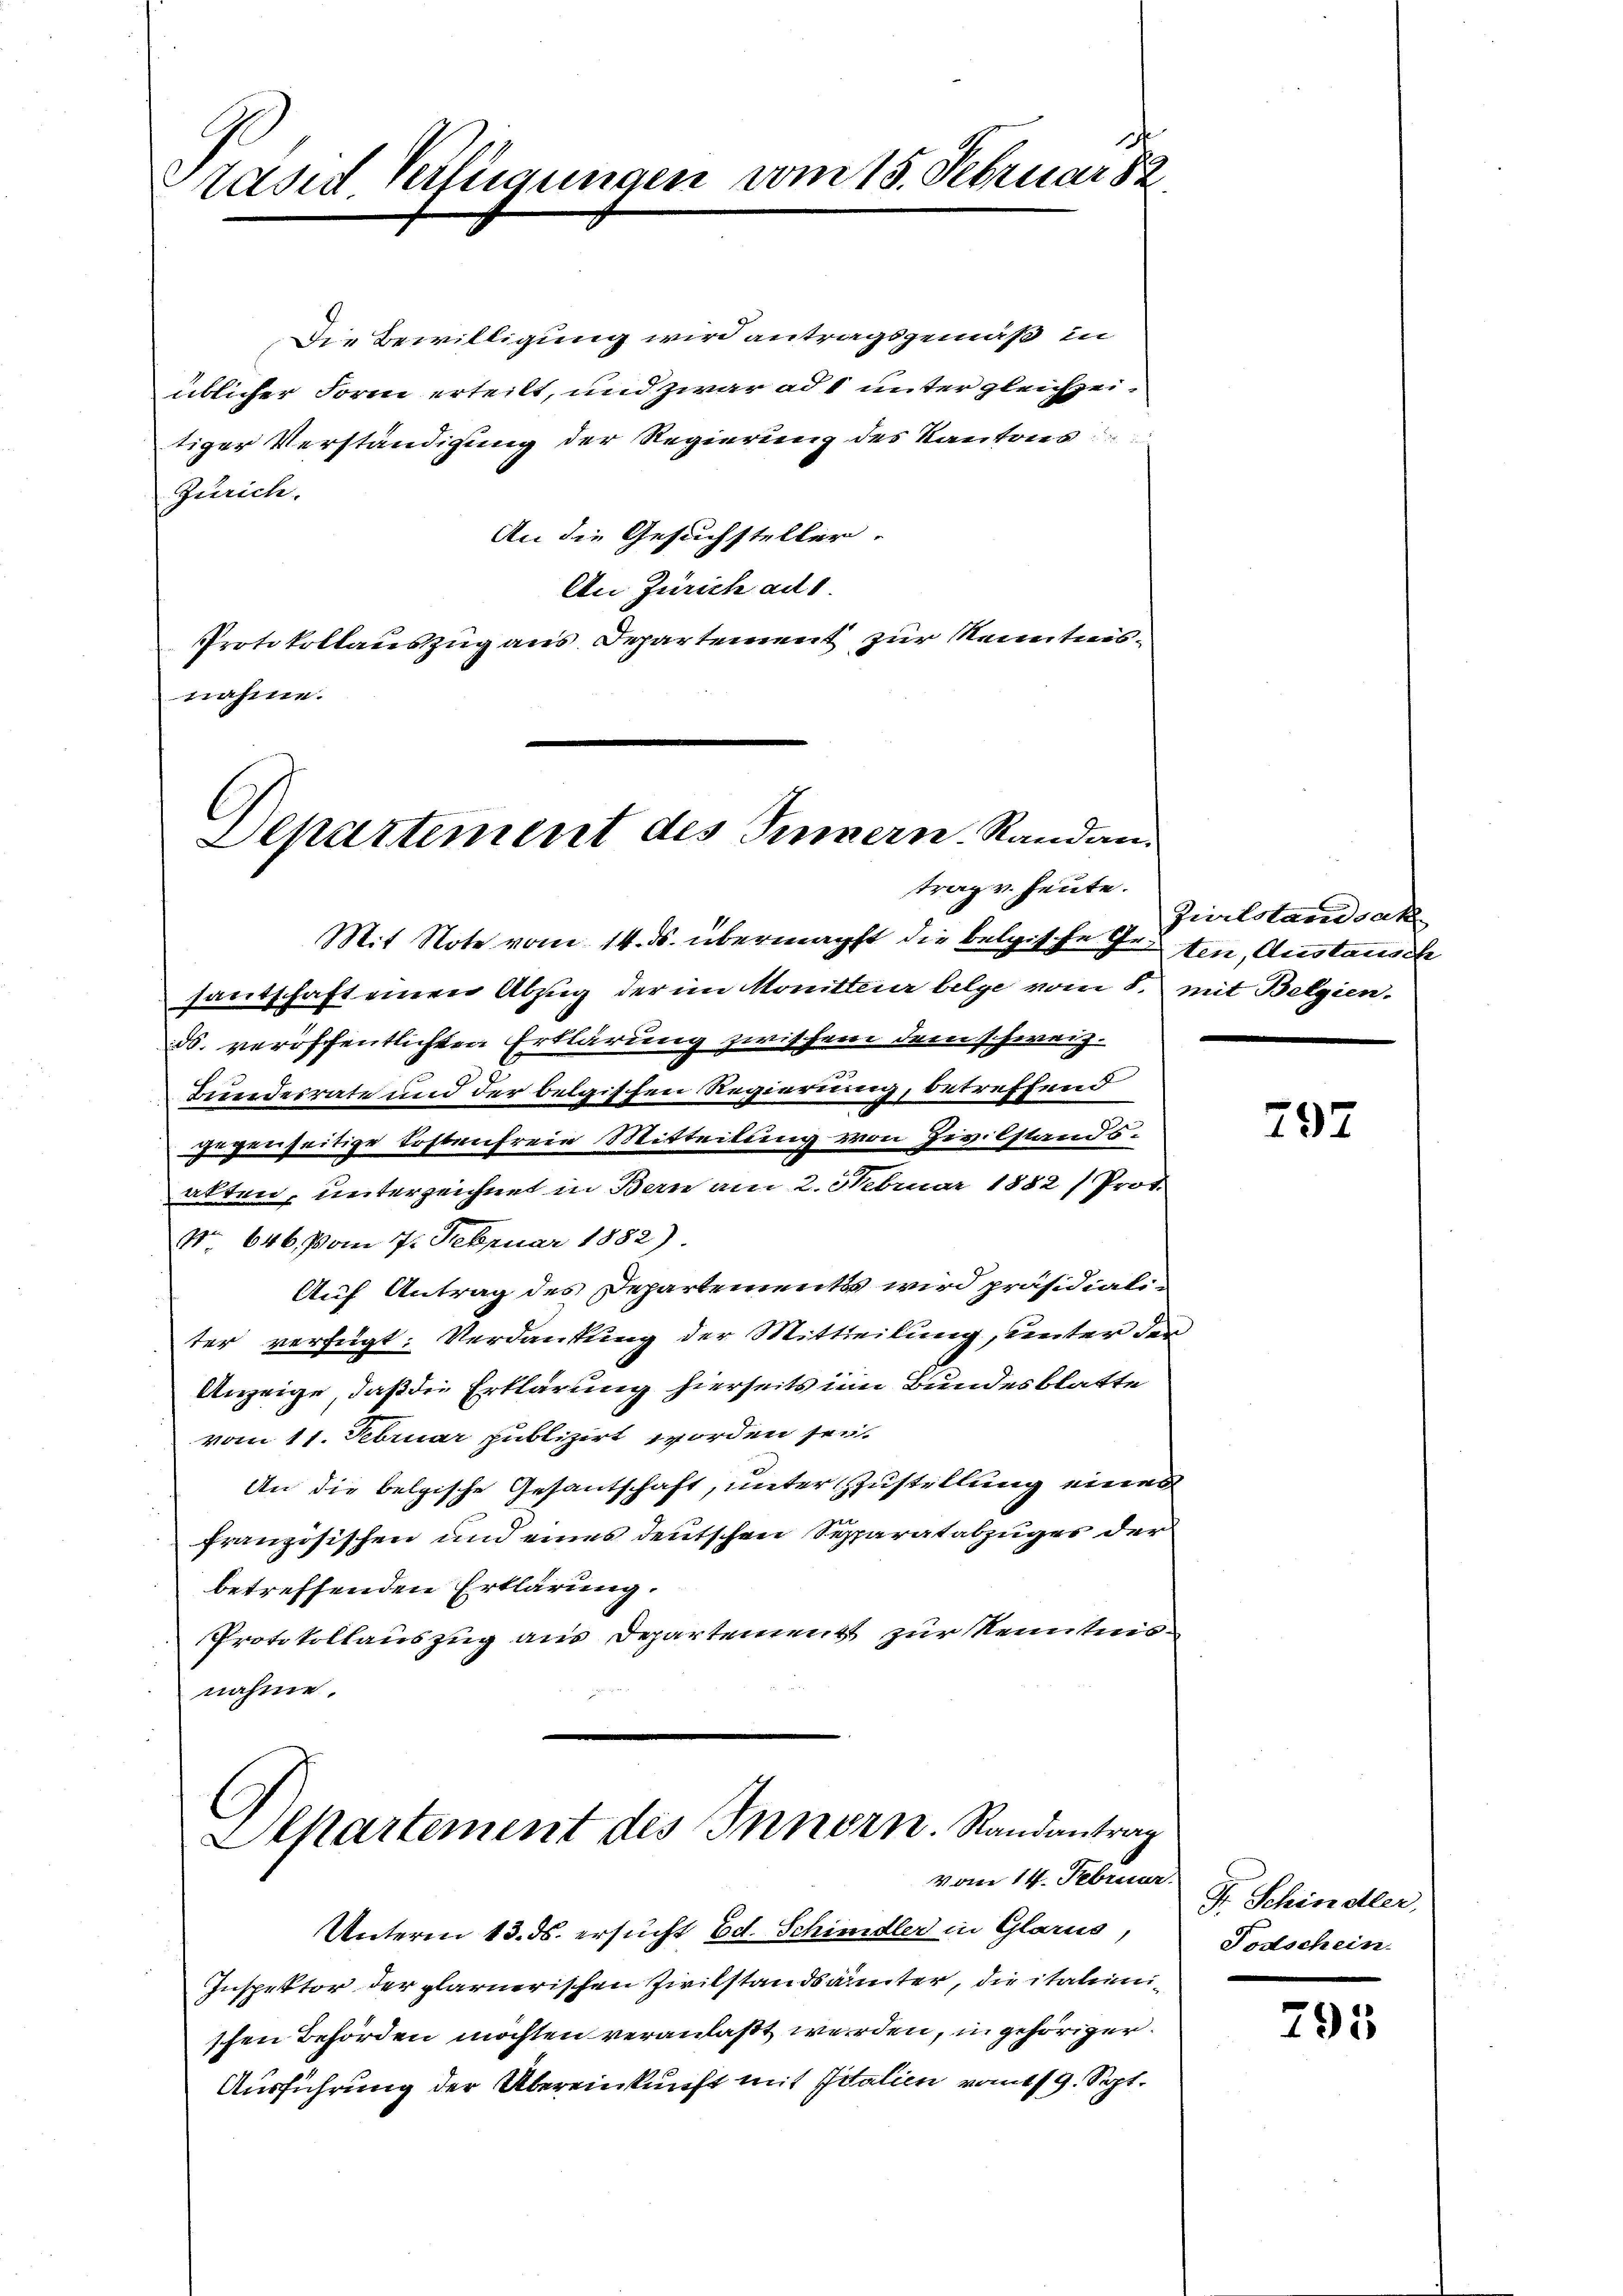
d
Stased Verfügungen vom 15. Februar 82

Die Bewilligung wird antragsgemäß in
üblicher Form erteilt, und zwar ad 1 unter gleichzeitiger Verständigung der Regierung des Kantons
Gerich.
An die Gesuchsteller.
An Zürich ad 1.
Protokollauszug aus Departement zur Kenntnisnahme.

Departement des Sinnern. Randantrag v. heute.

Separtement des Innern. Randantrag
vom 14. Februar.

Mit Note vom 14. ds. übermächst die belgische Inten, Austausch
santschaft einen Abzug der im Monitteur belge vom 8. mit Belgien-
ds. veröffentlichten Erklärung zwischen dem schweiz.
Bundesrate und der belgischen Regierung, betreffend
gegenseitige Kostenfreie Mitteilung von Zivilstandsakten, unterzeichnet in Bern am 2. Februar 1882 / Prot.
No. 646, vom 7. Februar 1882)
Auf Antrag des Departementss wird präsidiali-
ter verfügt: Verdankung der Mittheilung, unter der
Anzeige, daß die Erklärung hierseits im Bundesblatte
vom 11. Februar publizirt worden sei.
An die belgische Gesantschaft, unter Zustellung eines
französischen und eines deutschen Sepparatabzuges der
betreffenden Erklärung.
Protokollauszug aus Departement zur Kenntnisnahme.

Zeerlstandsach

Unterm 13. ds. ersucht Ed. Schimdler in Glarus
Inspektor der plarnerischen Zivilstandsamter, die italienischen Behörden möchten veranlaßt werden, in gehöriger.
Ausführung der Übereinkunft mit Vitalien vom 19. Sept.

797

Fr. Schindler,
Todschein.

795